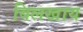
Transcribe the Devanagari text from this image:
बिलखाय